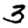
Digit: 3